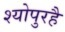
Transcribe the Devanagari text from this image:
श्योपुरहै